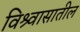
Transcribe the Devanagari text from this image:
विश्र्वासातील